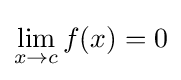
\lim _{x\to c}{f(x)}=0